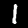
Digit: 1